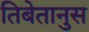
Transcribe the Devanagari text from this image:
तिबेतानुस